Vaccination in Bombay 1874-1876 - 1874-1876
Year: 1874
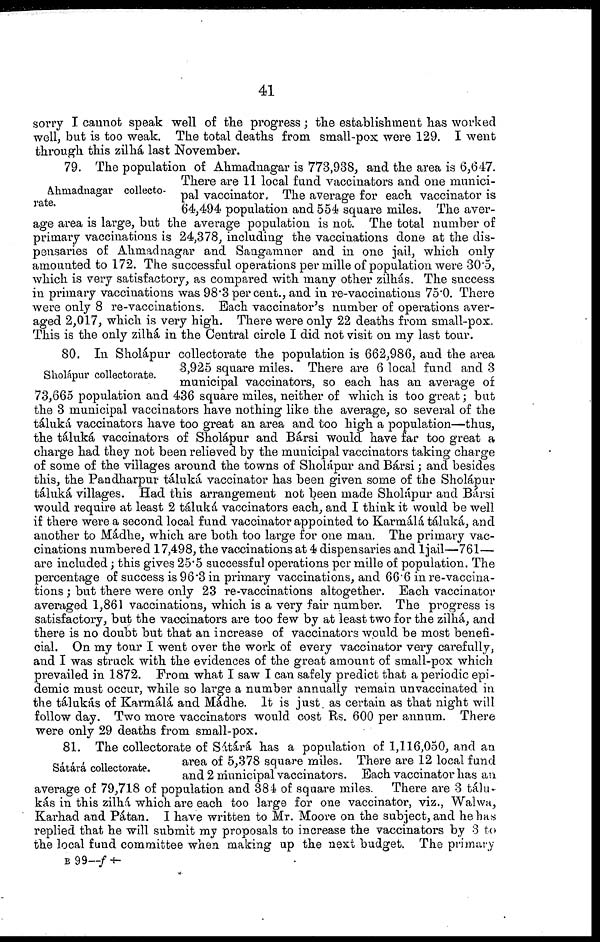
41
sorry I cannot speak well of the progress; the establishment has worked
well, but is too weak. The total deaths from small-pox were 129. I went
through this zilhá last November.
Ahmadnagar collecto¬
rate.
79. The population of Ahmadnagar is 773,938, and the area is 6,647.
There are 11 local fund vaccinators and one munici-
pal vaccinator, The average for each vaccinator is
64,494 population and 554 square miles. The aver-
age area is large, but the average population is not. The total number of
primary vaccinations is 24,378, including the vaccinations done at the dis-
pensaries of Ahmadnagar and Sangamner and in one jail, which only
amounted to 172. The successful operations per mille of population were 30.5,
which is very satisfactory, as compared with many other zilhás. The success
in primary vaccinations was 98.3 per cent., and in re-vaccinations 75.0. There
were only 8 re-vaccinations. Each vaccinator's number of operations aver-
aged 2,017, which is very high. There were only 22 deaths from small-pox.
This is the only zilhá in the Central circle I did not visit on my last tour.
Sholápur collectorate.
80. In Sholápur collectorate the population is 662,986, and the area
3,925 square miles. There are 6 local fund and 3
municipal vaccinators, so each has an average of
73,665 population and 436 square miles, neither of which is too great; but
the 3 municipal vaccinators have nothing like the average, so several of the
táluká vaccinators have too great an area and too high a population—thus,
the táluká vaccinators of Sholápur and Bársi would have far too great a
charge had they not been relieved by the municipal vaccinators taking charge
of some of the villages around the towns of Sholápur and Bársi; and besides
this, the Pandharpur táluká vaccinator has been given some of the Sholápur
táluká villages. Had this arrangement not been made Sholápur and Bársi
would require at least 2 táluká vaccinators each, and I think it would be well
if there were a second local fund vaccinator appointed to Karmálá táluká, and
another to Mádhe, which are both too large for one man. The primary vac-
cinations numbered 17,498, the vaccinations at 4 dispensaries and 1 jail—761—
are included; this gives 25.5 successful operations per mille of population. The
percentage of success is 96.3 in primary vaccinations, and 66.6 in re-vaccina-
tions ; but there were only 23 re-vaccinations altogether. Each vaccinator
averaged 1,861 vaccinations, which is a very fair number. The progress is
satisfactory, but the vaccinators are too few by at least two for the zilhá, and
there is no doubt but that an increase of vaccinators would be most benefi-
cial. On my tour I went over the work of every vaccinator very carefully,
and I was struck with the evidences of the great amount of small-pox which
prevailed in 1872. From what I saw I can safely predict that a periodic epi-
demic must occur, while so large a number annually remain unvaccinated in
the tálukás of Karmálá and Mádhe. It is just as certain as that night will
follow day. Two more vaccinators would cost Rs. 600 per annum. There
were only 29 deaths from small-pox.
Sátárá collectorate.
81. The collectorate of Sátárá has a population of 1,116,050, and an
area of 5,378 square miles. There are 12 local fund
and 2 municipal vaccinators. Each vaccinator has an
average of 79,718 of population and 384 of square miles. There are 3 tálu-
kás in this zilhá which are each too large for one vaccinator, viz., Walwa,
Karhad and Pátan. I have written to Mr. Moore on the subject, and he has
replied that he will submit my proposals to increase the vaccinators by 3 to
the local fund committee when making up the next budget. The primary
B 99—f
†